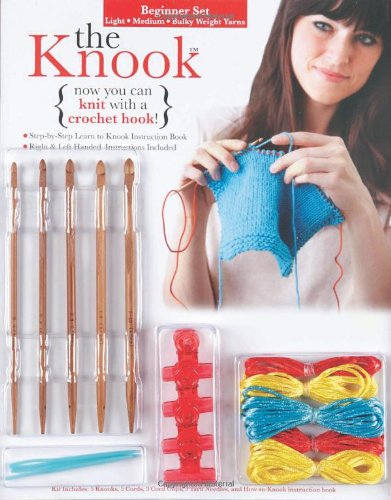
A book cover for Knook Expanded Beginner Kit; Crafts, Hobbies & Home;